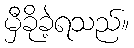
မှီခိုခဲ့ရသည်။